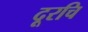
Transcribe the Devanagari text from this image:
दूरचि